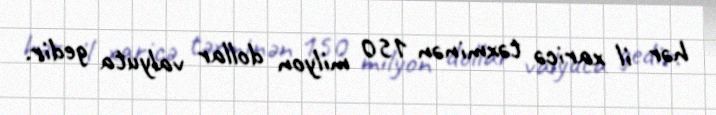
hər il xaricə təxminən 150 milyon dollar valyuta gedir.